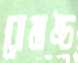
রোমাঙ্চ